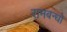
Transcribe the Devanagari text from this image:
रामबन्धो